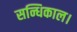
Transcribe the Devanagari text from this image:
सन्धिकाल।